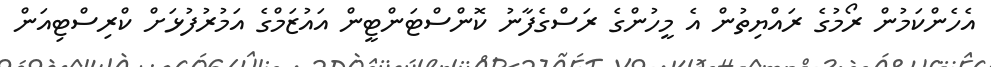
އެހެންކަމުން ރޯމުގެ ރައްޔިތުން އެ މީހުންގެ ރަސްގެފާނު ކޮންސްޓަންޓީން އައުޒަމްގެ އަމުރުފުޅަށް ކްރިސްޓިއަން